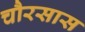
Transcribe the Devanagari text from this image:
चौरसास